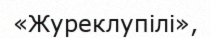
«Журеклупілі»,